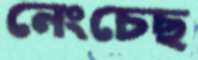
নেংচেছ